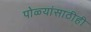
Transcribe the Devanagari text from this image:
पोळ्यांसाठीही